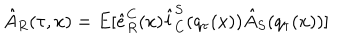
\hat { A } _ { R } ( \tau , x ) = E [ \hat { e } _ { R } ^ { C } ( x ) \hat { l } _ { C } ^ { S } ( q _ { \tau } ( x ) ) \hat { A } _ { S } ( q _ { \tau } ( x ) ) ]